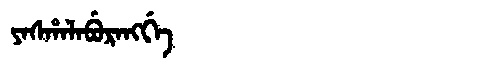
Manchu: ᠶᠠᠰᡥᠠᠯᠠᠪᡠᡵᠠᠩᡤᡝ
Romanization: YASHALABURANGGE